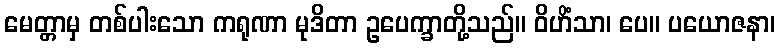
မေတ္တာမှ တစ်ပါးသော ကရုဏာ မုဒိတာ ဥပေက္ခာတို့သည်။ ဝိဟိံသာ၊ ပေ။ ပယောဇနာ၊